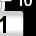
Digit: 1